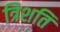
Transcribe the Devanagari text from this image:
त्रिशति